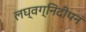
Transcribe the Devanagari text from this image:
लघ्वग्निदीपनं